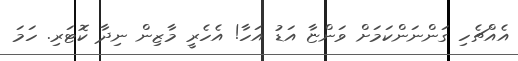
އެއްޗެހި ގަންނަންކަމަށް ވަންޏާ އަޑު އަހާ! އެހެރީ މާޒިން ނިދާ ކޮޓަރި. ހަމަ